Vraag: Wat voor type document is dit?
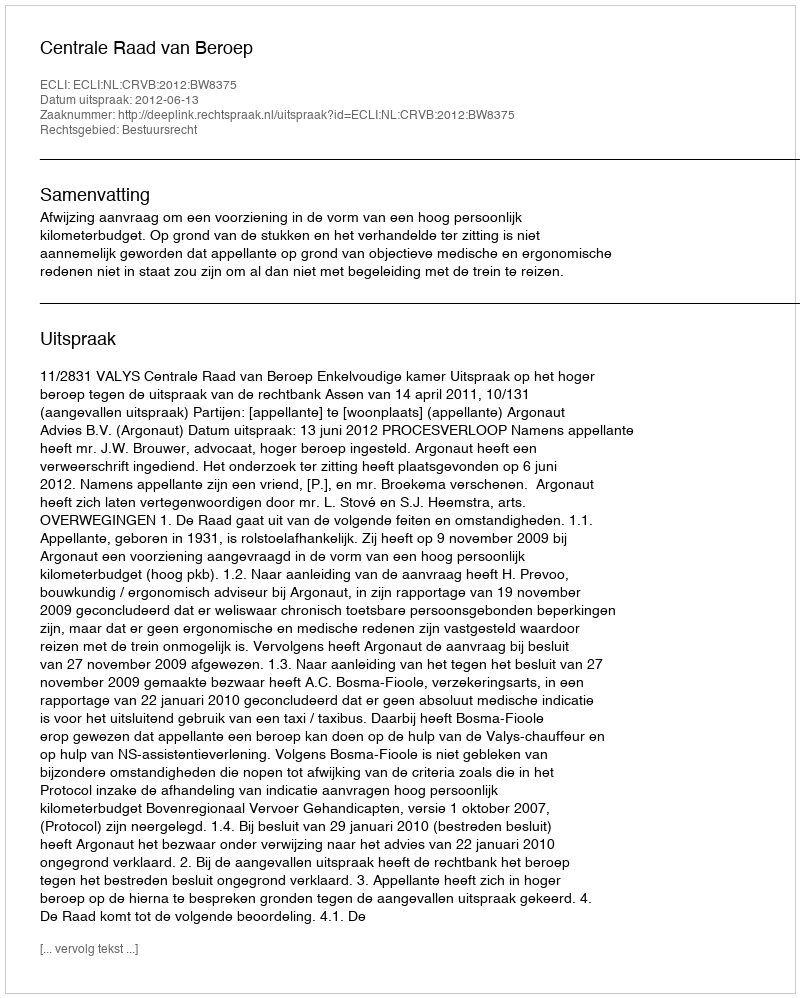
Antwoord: Uitspraak